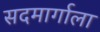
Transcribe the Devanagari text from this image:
सदमार्गाला